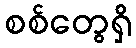
စစ်တွေရှိ